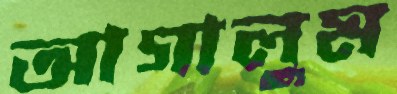
আগালুম